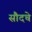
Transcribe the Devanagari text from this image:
सौदचे